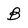
Character: B